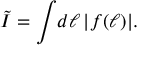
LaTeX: \tilde { \cal I } = \int \! d \ell \, | f ( \ell ) | .